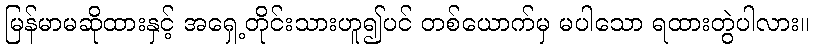
မြန်မာမဆိုထားနှင့် အရှေ့တိုင်းသားဟူ၍ပင် တစ်ယောက်မှ မပါသော ရထားတွဲပါလား။